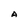
Character: A